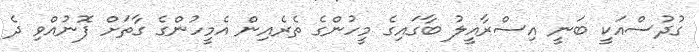
ގުދުސްއަކީ ބަނީ އިސްރާއީލު ބާގައިގެ މީހުންގެ ތެރެއިން އެމީހުންގެ ގާތަށް ފޮނުއްވި ދެ